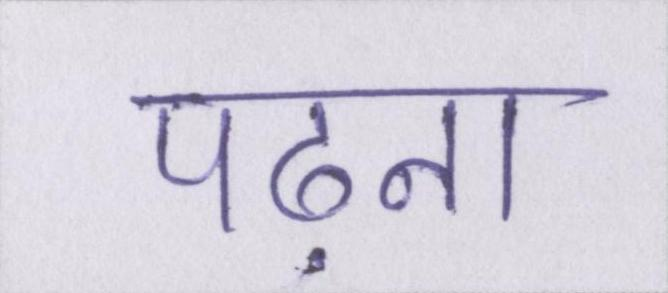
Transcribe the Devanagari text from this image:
पढ़ना